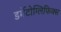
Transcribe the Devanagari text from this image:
डर्मेटोग्लिफिक्स